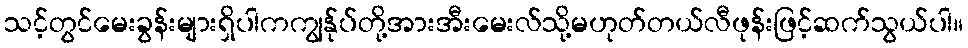
သင့်တွင်မေးခွန်းများရှိပါကကျွန်ုပ်တို့အားအီးမေးလ်သို့မဟုတ်တယ်လီဖုန်းဖြင့်ဆက်သွယ်ပါ။